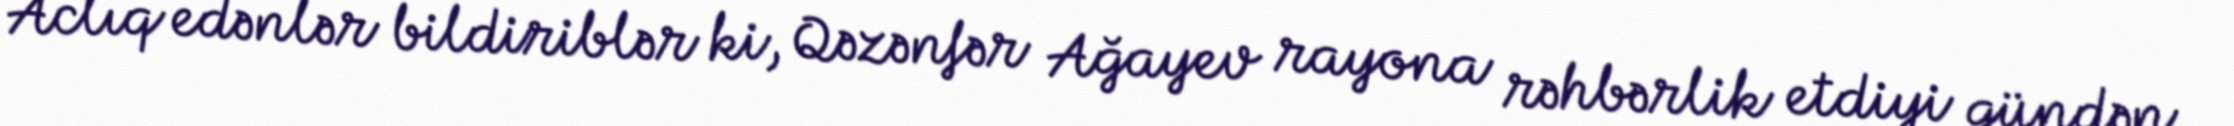
Aclıq edənlər bildiriblər ki, Qəzənfər Ağayev rayona rəhbərlik etdiyi gündən